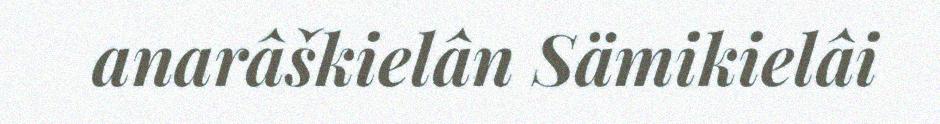
anarâškielân Sämikielâi